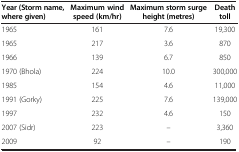
| Year (Storm name, where given) | Maximum wind speed (km/hr) | Maximum storm surge height (metres) | Death toll |
 | --- | --- | --- | --- |
 | 1965 | 161 | 7.6 | 19,300 |
 | 1965 | 217 | 3.6 | 870 |
 | 1966 | 139 | 6.7 | 850 |
 | 1970 (Bhola) | 224 | 10.0 | 300,000 |
 | 1985 | 154 | 4.6 | 11,000 |
 | 1991 (Gorky) | 225 | 7.6 | 139,000 |
 | 1997 | 232 | 4.6 | 150 |
 | 2007 (Sidr) | 223 | – | 3,360 |
 | 2009 | 92 | – | 190 |